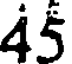
45